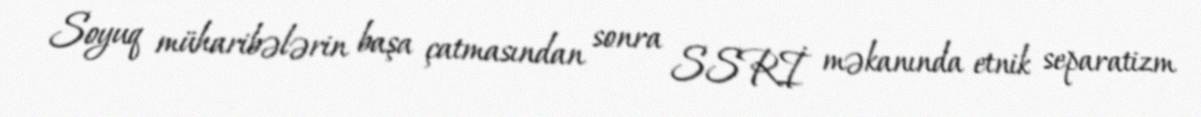
Soyuq müharibələrin başa çatmasından sonra SSRİ məkanında etnik separatizm